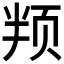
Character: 𬱙